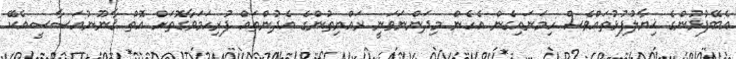
އެބޭފުޅުންގެ ޚިޔާލުފުޅުތައްވެސް ހިމަނައިގެން އެހެން މިދަންނަވަނީ ރައްޔިތުންގެ އެދުންތައް ފުރިހަމަވާގޮތަށް އޮތް ޤާނޫނުއަސާސީއެކޭ